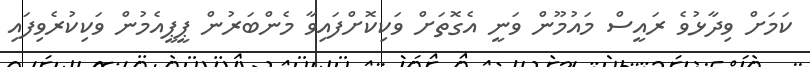
ކަމަށް ވިދާޅުވެ ރައީސް މައުމޫން ވަނީ އެގޮތަށް ވަކިކޮށްފައިވާ މެންބަރުން ޕީޕީއެމުން ވަކިކުރެވިފައި